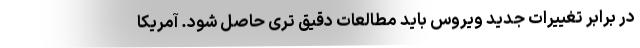
در برابر تغییرات جدید ویروس باید مطالعات دقیق تری حاصل شود. آمریکا